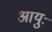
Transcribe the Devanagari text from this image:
आयुः